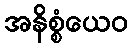
အနိစ္စံယေဝ